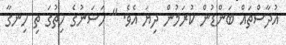
އުދާސްތައް ބަންޑުން ކުރަމުން ދިޔަ އެވެ. " ހަސަނުގެ ހިތުގަ ތި ހިނގާ